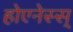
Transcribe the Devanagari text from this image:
होएनेस्स्